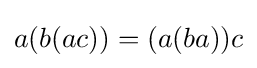
a(b(ac))=(a(ba))c